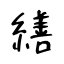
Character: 繕